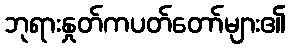
ဘုရားနှုတ်ကပတ်တော်များ၏